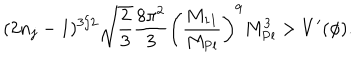
( 2 n _ { j } - 1 ) ^ { 3 / 2 } \sqrt { \frac { 2 } { 3 } } \frac { 8 \pi ^ { 2 } } { 3 } \left( \frac { M _ { 1 1 } } { M _ { \mathrm { P l } } } \right) ^ { 9 } M _ { \mathrm { P l } } ^ { 3 } > V ^ { \prime } ( \phi ) .